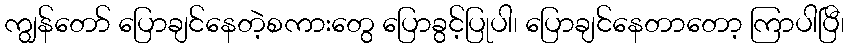
ကျွန်တော် ပြောချင်နေတဲ့စကားတွေ ပြောခွင့်ပြုပါ၊ ပြောချင်နေတာတော့ ကြာပါပြီ၊